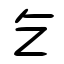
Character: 乞